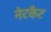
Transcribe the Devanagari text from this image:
नेटकैट